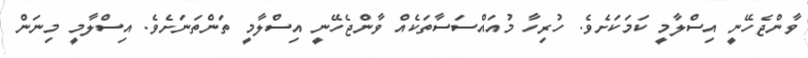
ވާންޖެހޭނީ އިސްލާމީ ކަމަކަށެވެ. ހުރިހާ މުއައްސަސާތަކެއް ވާންޖެހޭނީ އިސްލާމީ ތަންތަނަށެވެ. އިސްލާމީ މިނަން